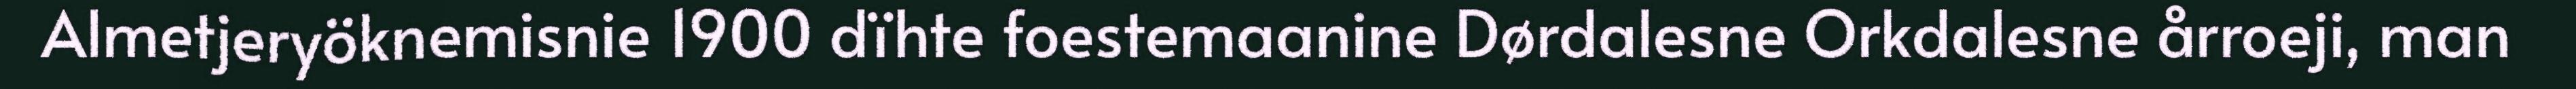
Almetjeryöknemisnie 1900 dïhte foestemaanine Dørdalesne Orkdalesne årroeji, man